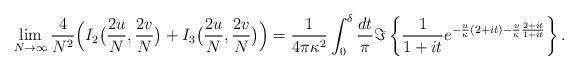
LaTeX: \begin{align*} &\lim_{N \to \infty} \frac{4}{N^{2}} \Big(I_{2}\big(\frac{2u}{N}, \frac{2v}{N}\big) + I_{3}\big(\frac{2u}{N}, \frac{2v}{N}\big)\Big) = \frac{1}{4 \pi \kappa^{2}} \int_{0}^{\delta} \frac{dt}{ \pi} \Im\left\{\frac{1}{1+it}e^{-\frac{u}{\kappa} (2+it) - \frac{v}{\kappa} \frac{2+it}{1+it}}\right\}. \end{align*}